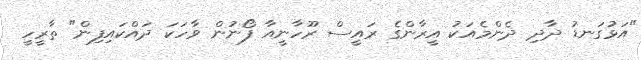
"އަޅުގަނޑު ދާދި ދެންމެއަކު އީރާންގެ ރައީސް ރޫހާނީއާ ފޯނުން ވާހަކަ ދައްކައިފިން" ތާރީހީ